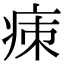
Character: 㾊